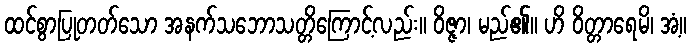
ထင်စွာပြုတတ်သော အနက်သဘောသတ္တိကြောင့်လည်း။ ဝိဇ္ဇာ၊ မည်၏။ ဟိ ဝိတ္တာရေမိ၊ အံ့။